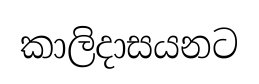
කාලිදාසයනට